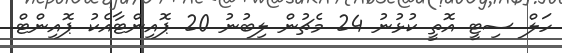
ހަލް ސިޓީ އޮތީ ކުޅުނު 24 މެޗުން ލިބުނު 20 ޕޮއިންޓާއެކު ޕޮއިންޓް